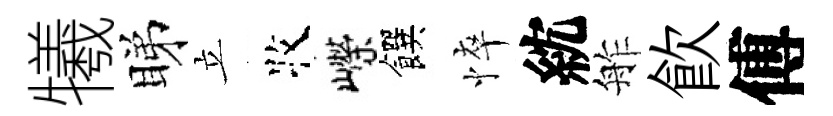
犧睇立牧嶸饌悴紞舴飲傅